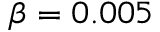
\beta = 0 . 0 0 5